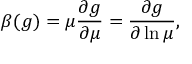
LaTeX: \beta ( g ) = \mu { \frac { \partial g } { \partial \mu } } = { \frac { \partial g } { \partial \ln \mu } } ,